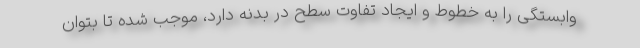
وابستگی را به خطوط و ایجاد تفاوت سطح در بدنه دارد، موجب شده تا بتوان